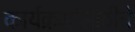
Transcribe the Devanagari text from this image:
कार्यक्रमांसाठीचे